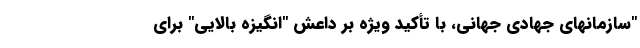
"سازمانهای جهادی جهانی، با تأکید ویژه بر داعش "انگیزه بالایی" برای